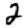
Digit: 2